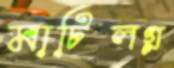
মাটিলগ্ন